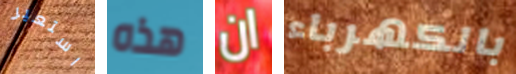
استعير هذه ان بالكهرباء